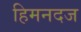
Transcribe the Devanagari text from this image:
हिमनदज